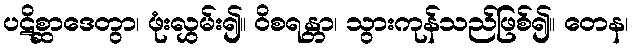
ပဋိစ္ဆာဒေတွာ၊ ဖုံးလွှမ်း၍။ ဝိစရန္တာ၊ သွားကုန်သည်ဖြစ်၍။ တေန၊